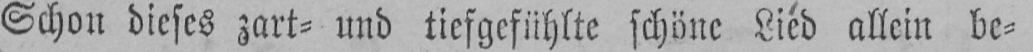
Schon dieses zart⸗ und tiefgefühlte schöne Lied allein be⸗